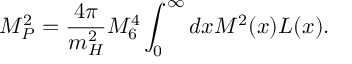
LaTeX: M _ { P } ^ { 2 } = \frac { 4 \pi } { m _ { H } ^ { 2 } } M _ { 6 } ^ { 4 } \int _ { 0 } ^ { \infty } d x M ^ { 2 } ( x ) { \cal L } ( x ) .